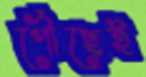
পৌঁছেই